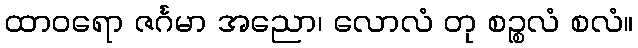
ထာဝရော ဇင်္ဂမာ အညော၊ လောလံ တု စဉ္စလံ စလံ။